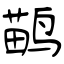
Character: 鹋